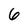
Character: 6